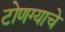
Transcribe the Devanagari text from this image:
टोणग्याचे